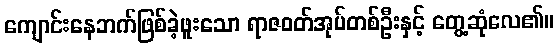
ကျောင်းနေဘက်ဖြစ်ခဲ့ဖူးသော ရာဇဝတ်အုပ်တစ်ဦးနှင့် တွေ့ဆုံလေ၏။